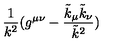
\frac { 1 } { k ^ { 2 } } ( g ^ { \mu \nu } - \frac { \tilde { k } _ { \mu } \tilde { k } _ { \nu } } { \tilde { k } ^ { 2 } } )